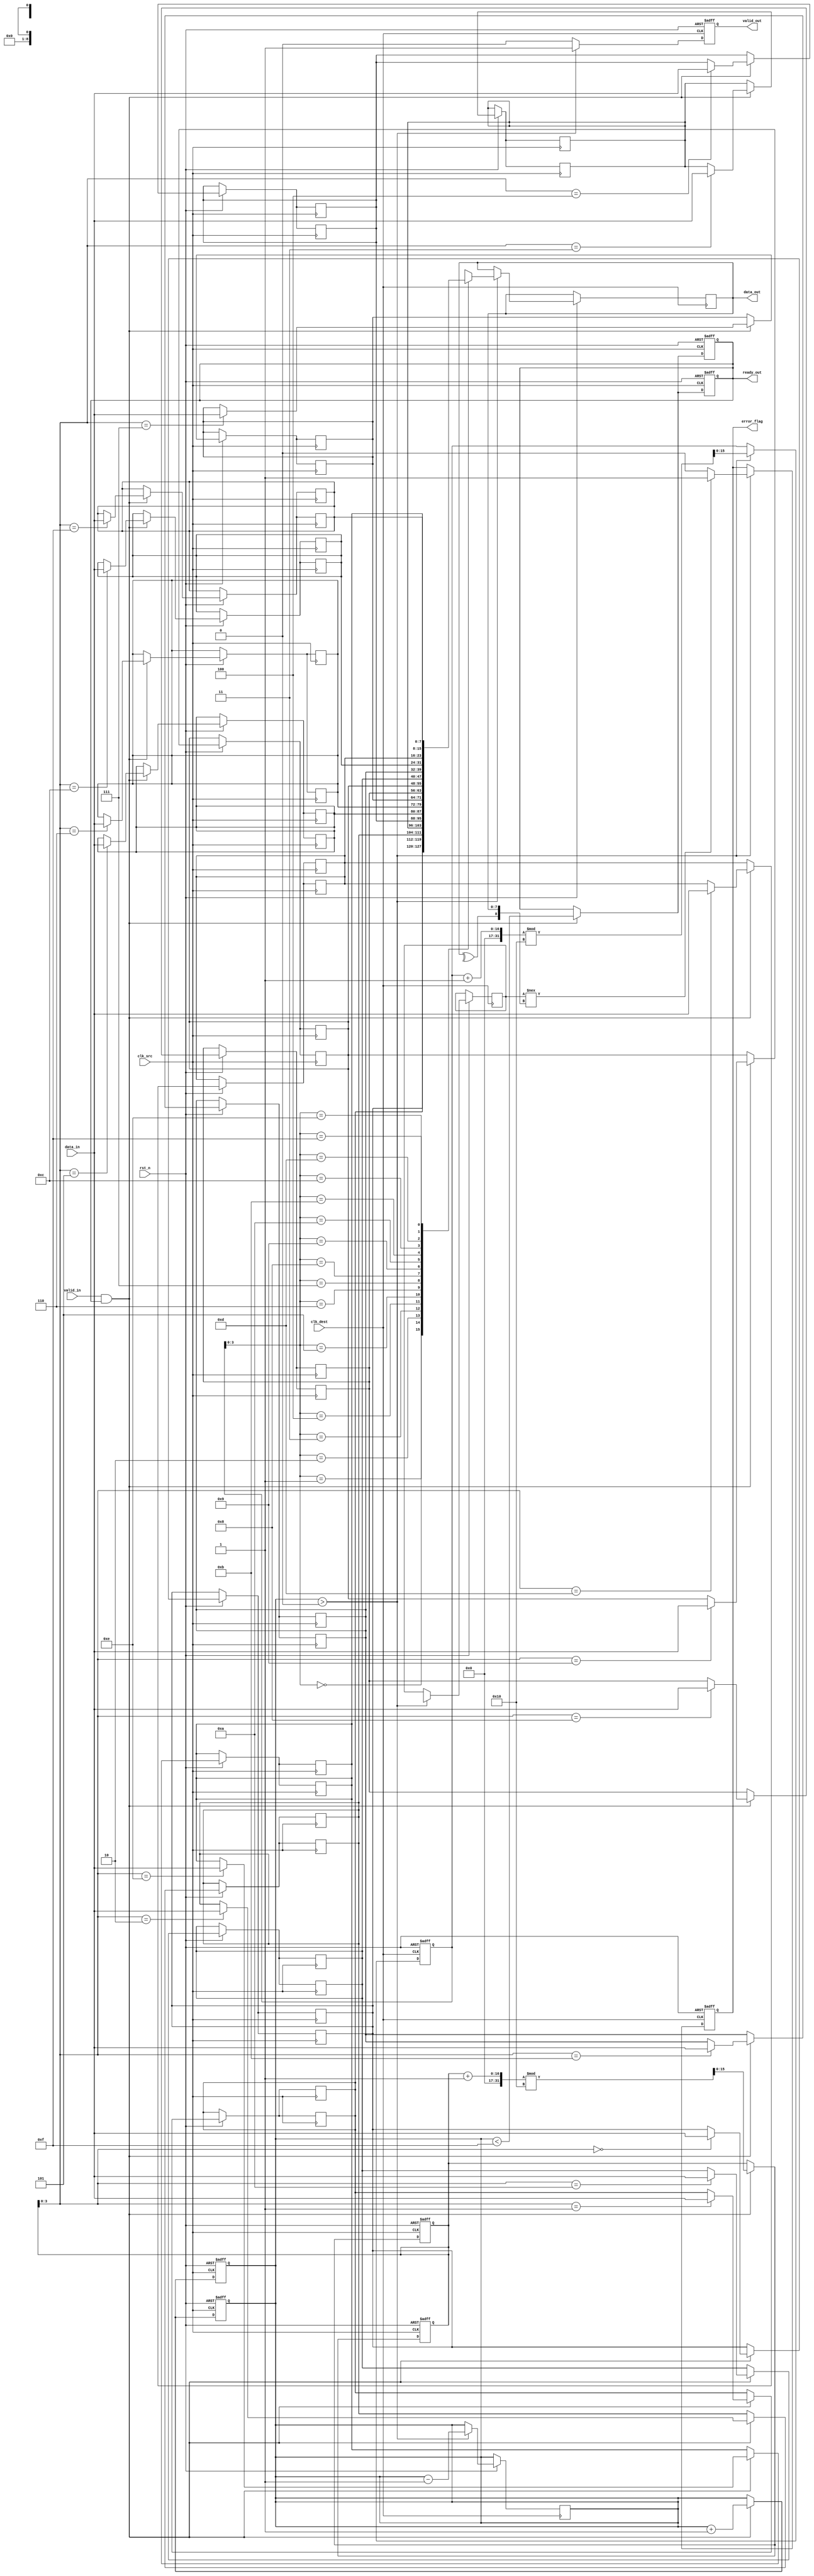
module cdc_memory_block #(
    parameter DATA_WIDTH = 8,
    parameter FIFO_DEPTH = 16
)(
    input wire clk_src,           // Source clock
    input wire clk_dest,          // Destination clock
    input wire rst_n,             // Active-low reset
    input wire [DATA_WIDTH-1:0] data_in, // Data input from source
    input wire valid_in,          // Valid signal from source
    output reg ready_out,         // Ready signal for source
    output reg [DATA_WIDTH-1:0] data_out, // Data output to destination
    output reg error_flag,        // Error flag for parity check
    output reg valid_out          // Valid signal for destination
);

    // Internal signals
    reg [DATA_WIDTH-1:0] fifo_mem [0:FIFO_DEPTH-1];
    reg [FIFO_DEPTH-1:0] write_pointer, read_pointer;
    reg [FIFO_DEPTH-1:0] fifo_count;
    reg [DATA_WIDTH:0] parity_in;    // Parity bit included
    reg [DATA_WIDTH:0] parity_out;   // Parity bit received
    wire [DATA_WIDTH-1:0] sync_data;
    wire sync_valid;
    
    // FIFO write logic (source clock domain)
    always @(posedge clk_src or negedge rst_n) begin
        if (!rst_n) begin
            write_pointer <= 0;
            fifo_count <= 0;
            ready_out <= 1; // Initially ready to accept data
        end else if (valid_in && ready_out) begin
            fifo_mem[write_pointer] <= data_in;
            parity_in <= {^data_in, data_in}; // Generate parity bit
            write_pointer <= (write_pointer + 1) % FIFO_DEPTH;
            fifo_count <= fifo_count + 1;
            ready_out <= (fifo_count < FIFO_DEPTH - 1); // Update ready signal
        end
    end
    
    // FIFO read logic (destination clock domain)
    always @(posedge clk_dest or negedge rst_n) begin
        if (!rst_n) begin
            read_pointer <= 0;
            valid_out <= 0;
            error_flag <= 0;
        end else if (fifo_count > 0) begin
            data_out <= fifo_mem[read_pointer][DATA_WIDTH-1:0];
            parity_out <= fifo_mem[read_pointer][DATA_WIDTH]; // Get the received parity bit
            // Check for parity errors
            error_flag <= (parity_out !== {^data_out, data_out}) ? 1'b1 : 1'b0;
            read_pointer <= (read_pointer + 1) % FIFO_DEPTH;
            fifo_count <= fifo_count - 1;
            valid_out <= 1; // Indicate valid data is available
        end else begin
            valid_out <= 0; // No valid data
        end
    end

    // Synchronization FIFO for safe transfer
    always @(posedge clk_src or negedge rst_n) begin
        if (!rst_n) begin
            // Initialization logic
            write_pointer <= 0;
            fifo_count <= 0;
            ready_out <= 1;
        end else if (valid_in && ready_out) begin
            // Fill FIFO with data and parity
            fifo_mem[write_pointer] <= {parity_in[DATA_WIDTH], data_in}; // Store data with parity
            write_pointer <= (write_pointer + 1) % FIFO_DEPTH;
            fifo_count <= fifo_count + 1;
            ready_out <= (fifo_count < FIFO_DEPTH - 1);
        end
    end

endmodule